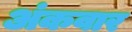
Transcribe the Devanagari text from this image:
अंकवार